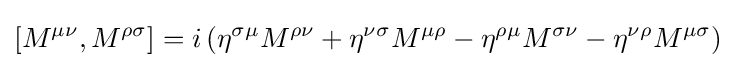
\left[M^{\mu \nu },M^{\rho \sigma }\right]=i\left(\eta ^{\sigma \mu }M^{\rho \nu }+\eta ^{\nu \sigma }M^{\mu \rho }-\eta ^{\rho \mu }M^{\sigma \nu }-\eta ^{\nu \rho }M^{\mu \sigma }\right)